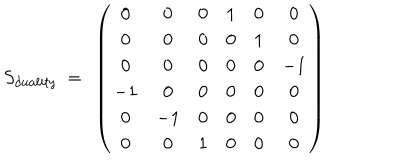
LaTeX: S _ { d u a l i t y } ~ = ~ \left( \begin{matrix} { { 0 } } & { { 0 } } & { { 0 } } & { { 1 } } & { { 0 } } & { { 0 } } \\ { { 0 } } & { { 0 } } & { { 0 } } & { { 0 } } & { { 1 } } & { { 0 } } \\ { { 0 } } & { { 0 } } & { { 0 } } & { { 0 } } & { { 0 } } & { { - 1 } } \\ { { - 1 } } & { { 0 } } & { { 0 } } & { { 0 } } & { { 0 } } & { { 0 } } \\ { { 0 } } & { { - 1 } } & { { 0 } } & { { 0 } } & { { 0 } } & { { 0 } } \\ { { 0 } } & { { 0 } } & { { 1 } } & { { 0 } } & { { 0 } } & { { 0 } } \\ \end{matrix} \right)